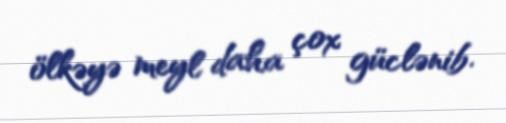
ölkəyə meyl daha çox güclənib.